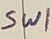
Text: SWI